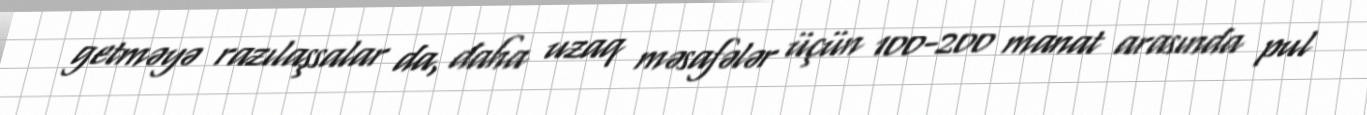
getməyə razılaşsalar da, daha uzaq məsafələr üçün 100-200 manat arasında pul